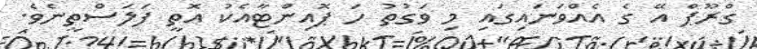
ގްރޫޕް އޭ ގެ އެއްވަނައިގައި މި ވަގުތު ހަ ޕޮއިންޓާއެކު އޮތީ ފަލަސްތީނެވެ.